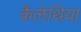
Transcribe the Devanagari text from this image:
कैलेथिया